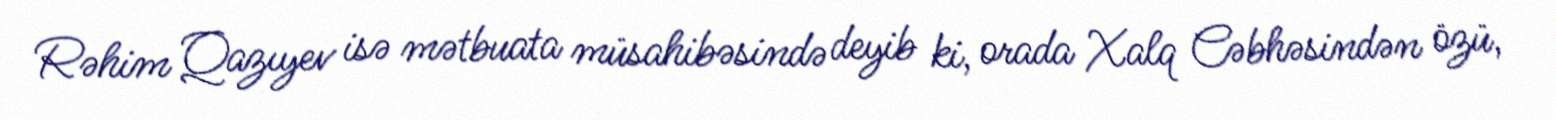
Rəhim Qazıyev isə mətbuata müsahibəsində deyib ki, orada Xalq Cəbhəsindən özü,